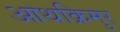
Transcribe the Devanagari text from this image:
आथक्रिमुर